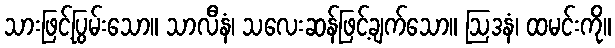
သားဖြင့်ပြွမ်းသော။ သာလီနံ၊ သလေးဆန်ဖြင့်ချက်သော။ ဩဒနံ၊ ထမင်းကို။